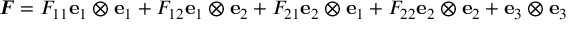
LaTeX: { \boldsymbol { F } } = F _ { 1 1 } \mathbf { e } _ { 1 } \otimes \mathbf { e } _ { 1 } + F _ { 1 2 } \mathbf { e } _ { 1 } \otimes \mathbf { e } _ { 2 } + F _ { 2 1 } \mathbf { e } _ { 2 } \otimes \mathbf { e } _ { 1 } + F _ { 2 2 } \mathbf { e } _ { 2 } \otimes \mathbf { e } _ { 2 } + \mathbf { e } _ { 3 } \otimes \mathbf { e } _ { 3 }